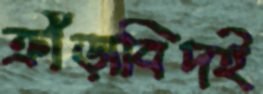
ক্রীড়াবিদই